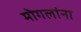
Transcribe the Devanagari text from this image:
मॊगलांना